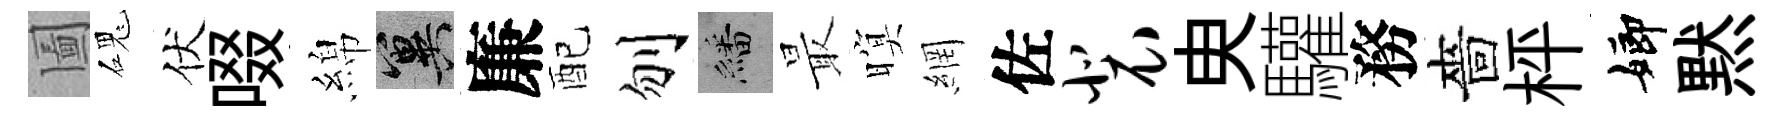
圗磈伏啜綿冀廉配刎繙最暝網佐裴㬰驩務嗇枰嫏黙